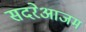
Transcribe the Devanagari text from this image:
सदरेआजम